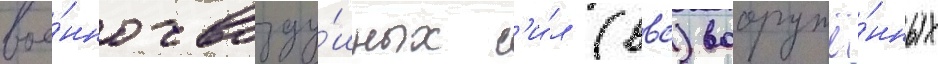
вое́нно-возду́шных с'и́л (ввс) вооружё́нных